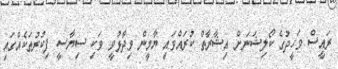
ރައީސް ވަހީދުގެ ކޯލިޝަނަށް އިޝާރާތް ކުރައްވައި ޔާމީން ވިދާޅުވީ ވަކި ސިޔާސީ ފިކުރުތަކެއްގައި